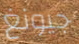
جيونغ